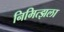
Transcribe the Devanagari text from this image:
निमित्झला